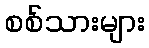
စစ်သားများ